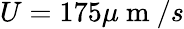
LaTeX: U=175\mu\mathrm{~m~}/s